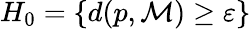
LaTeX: H_{0}=\{ d(p,{\mathcal{M}})\geq\varepsilon\}